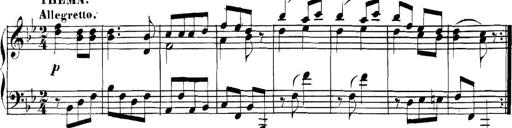
Title: Collected Piano Sonatas
Composer: Muzio Clementi